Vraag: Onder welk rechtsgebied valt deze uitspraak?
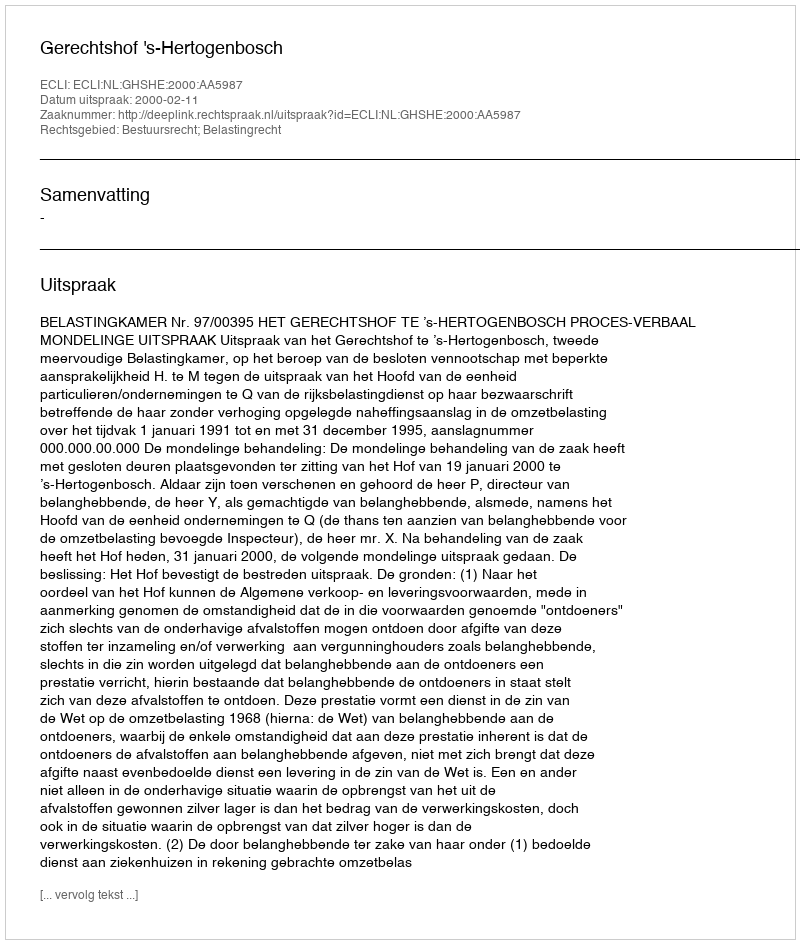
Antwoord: Bestuursrecht; Belastingrecht